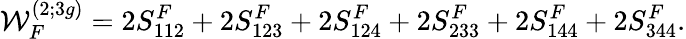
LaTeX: {\cal W}_{F}^{(2;3g)}=2S_{112}^{F}+2S_{123}^{F}+2S_{124}^{F}+2S_{233}^{F}+2S_{144}^{F}+2S_{344}^{F}.